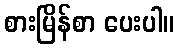
စားမြိန်စာ ပေးပါ။